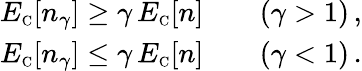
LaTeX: \begin{array}{r}{E_{\scriptscriptstyle\mathrm{C}}[n_{\gamma}]\geq\gamma\, E_{\scriptscriptstyle\mathrm{C}}[n]\qquad(\gamma>1)\, ,}\\ {E_{\scriptscriptstyle\mathrm{C}}[n_{\gamma}]\leq\gamma\, E_{\scriptscriptstyle\mathrm{C}}[n]\qquad(\gamma<1)\, .}\end{array}